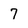
Character: 7